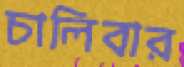
চালিবার